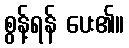
စွန့်ရန် ပေး၏။